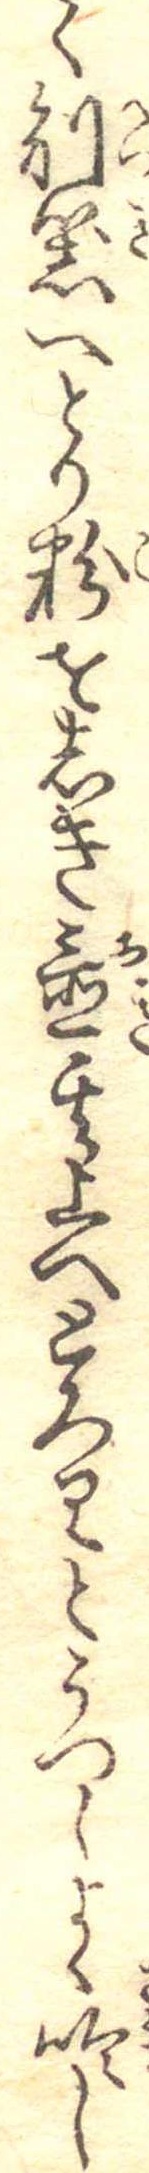
く別器へとり粉をしき置其上へとろりとうつしよく冷し